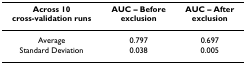
| Across 10 cross-validation runs | AUC – Before exclusion | AUC – After exclusion |
 | --- | --- | --- |
 | Average | 0.797 | 0.697 |
 | Standard Deviation | 0.038 | 0.005 |